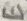
Text: E